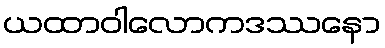
ယထာဝါလောကဒဿနော